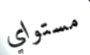
مستواي